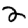
Digit: 2